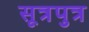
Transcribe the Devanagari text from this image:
सूत्रपुत्र